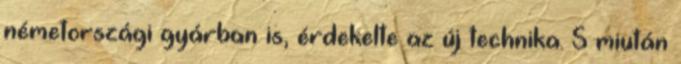
németországi gyárban is, érdekelte az új technika. S miután